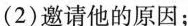
(2)邀请他的原因；